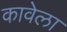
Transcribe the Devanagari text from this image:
कावेला